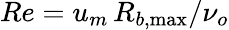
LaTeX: \textit{Re}=u_{m}\, R_{b,\operatorname*{max}}/\nu_{o}